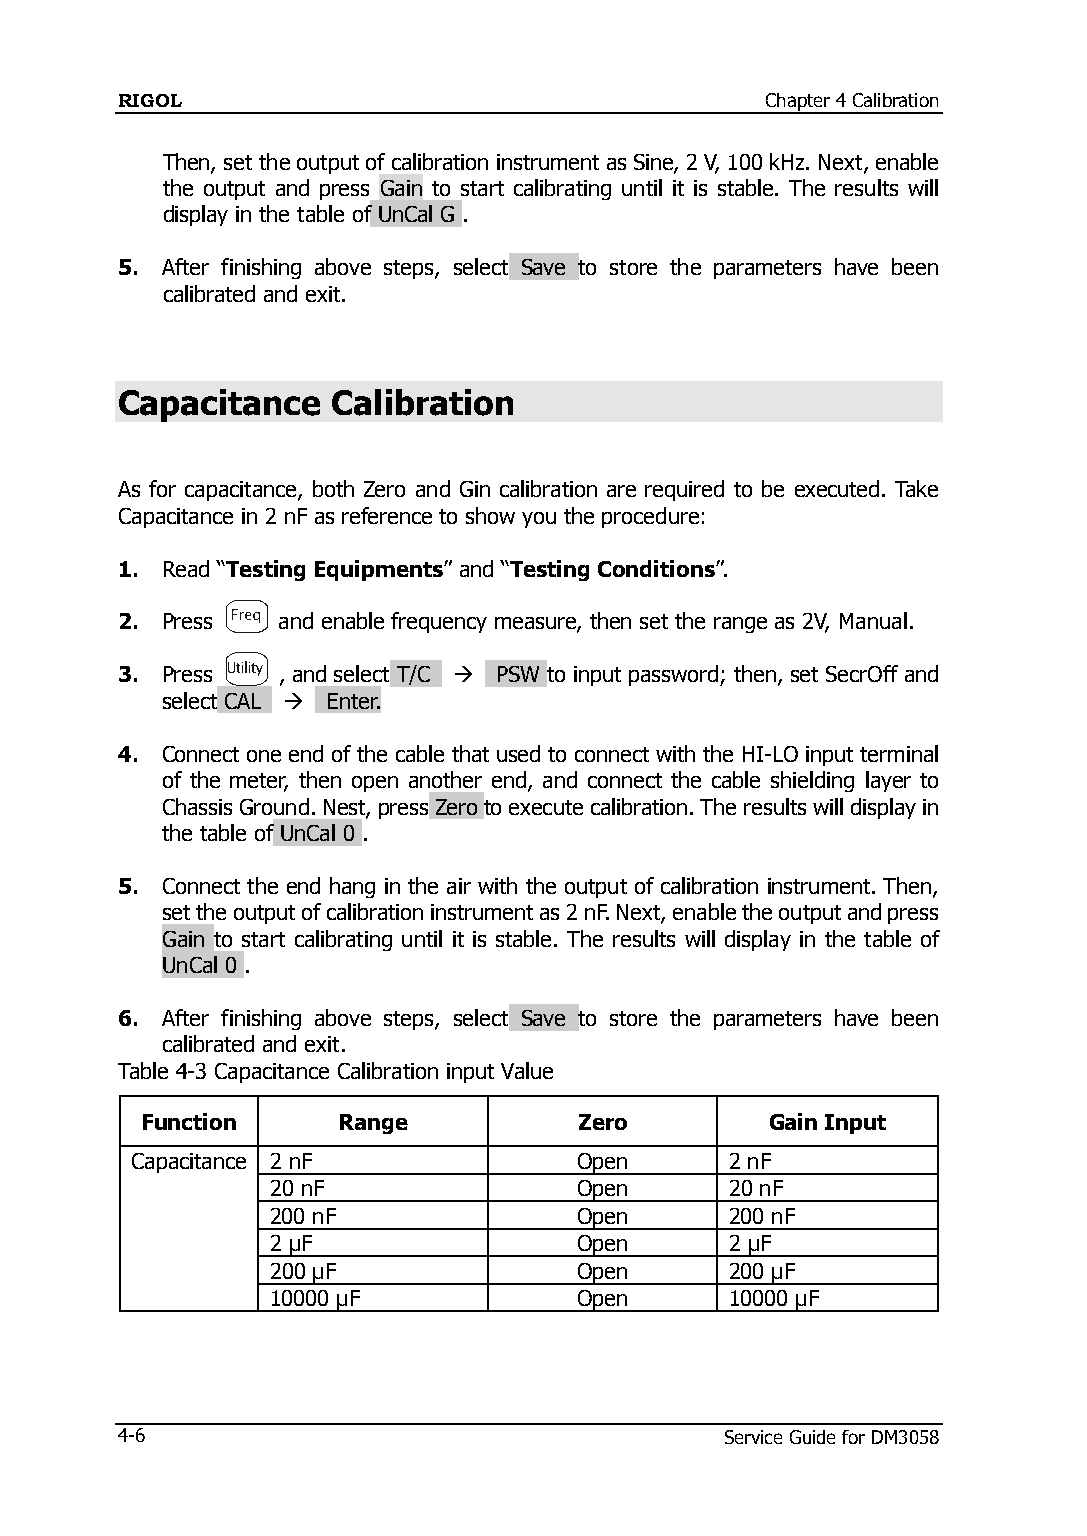
RIGOL                                      Chapter 4 Calibration
 Then, set the output of calibration instrument as Sine, 2 V, 100 kHz. Next, enable
 the output and press Gain to start calibrating until it is stable. The results will
 display in the table of UnCal G .
 5. After finishing above steps, select Save to store the parameters have been
 calibrated and exit.
 Capacitance   Calibration
 As for capacitance, both Zero and Gin calibration are required to be executed. Take
 Capacitance in 2 nF as reference to show you the procedure:
 1. Read “Testing Equipments” and “Testing Conditions”.
 2. Press  and enable frequency measure, then set the range as 2V, Manual.
 3. Press  , and select T/C  PSW to input password; then, set SecrOff and
 select CAL  Enter.
 4. Connect one end of the cable that used to connect with the HI-LO input terminal
 of the meter, then open another end, and connect the cable shielding layer to
 Chassis Ground. Nest, press Zero to execute calibration. The results will display in
 the table of UnCal 0 .
 5. Connect the end hang in the air with the output of calibration instrument. Then,
 set the output of calibration instrument as 2 nF. Next, enable the output and press
 Gain to start calibrating until it is stable. The results will display in the table of
 UnCal 0 .
 6. After finishing above steps, select Save to store the parameters have been
 calibrated and exit.
 Table 4-3 Capacitance Calibration input Value
 Function     Range           Zero         Gain Input
 Capacitance 2 nF             Open      2 nF
 20 nF               Open      20 nF
 200 nF              Open      200 nF
 2 μF                Open      2 μF
 200 μF              Open      200 μF
 10000 μF            Open      10000 μF
 4-6                                     Service Guide for DM3058